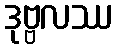
ဒုဗ္ဗလဿ